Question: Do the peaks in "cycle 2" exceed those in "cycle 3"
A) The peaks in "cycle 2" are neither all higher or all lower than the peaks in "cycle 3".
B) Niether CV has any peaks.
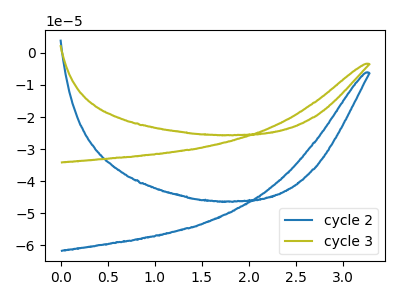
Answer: <think>The blue curve "cycle 2" has no peaks. The olive curve "cycle 3" has no peaks.</think>
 <answer>B) Niether CV has any peaks.</answer>
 <eval>B</eval>